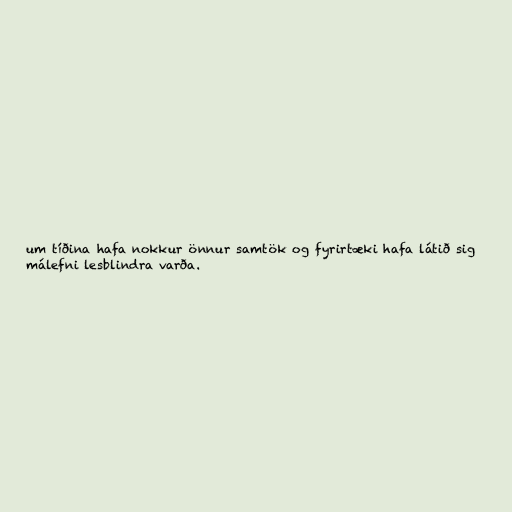
um tíðina hafa nokkur önnur samtök og fyrirtæki hafa látið sig
málefni lesblindra varða.